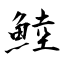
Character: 鯥